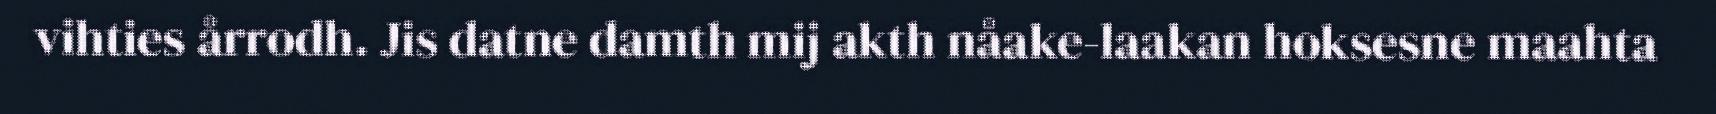
vihties årrodh. Jis datne damth mij akth nåake-laakan hoksesne maahta